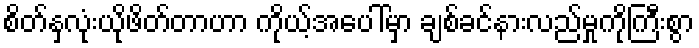
စိတ်နှလုံးယိုဖိတ်တာဟာ ကိုယ့်အပေါ်မှာ ချစ်ခင်နားလည်မှုကိုကြီးစွာ